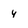
Character: y